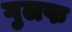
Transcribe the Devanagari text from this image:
गुलफ